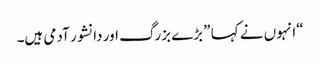
“انہوں نے کہا ”بڑے بزرگ اور دانشور آدمی ہیں۔